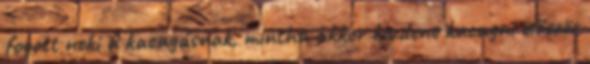
fogott neki a kacagásnak, mintha akkor kezdene kacagni először